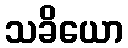
သခိယော